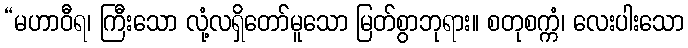
“မဟာဝီရ၊ ကြီးသော လုံ့လရှိတော်မူသော မြတ်စွာဘုရား။ စတုစက္ကံ၊ လေးပါးသော